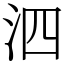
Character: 泗